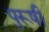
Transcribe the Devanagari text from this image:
पुरूषी